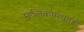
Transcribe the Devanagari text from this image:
मालिकांमधूनही